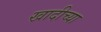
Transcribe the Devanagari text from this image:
खादीच्या